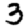
Digit: 3